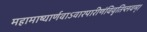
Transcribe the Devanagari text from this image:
महामाष्यार्णवाऽवारपारीणंविवृतिप्लवम्।